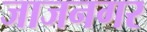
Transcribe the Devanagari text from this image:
जाजनगर